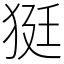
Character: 㹶